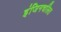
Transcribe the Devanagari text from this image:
इंजिनचलित